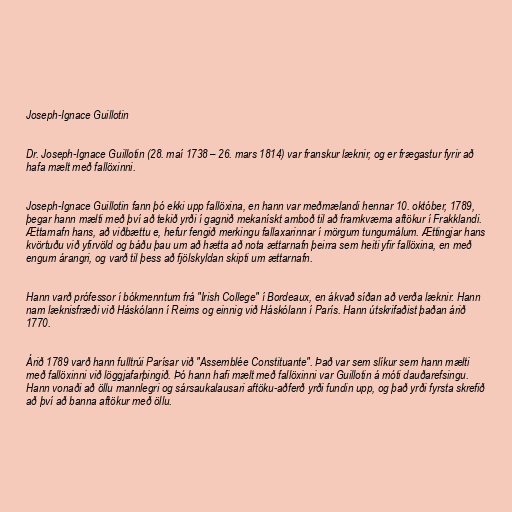
Joseph-Ignace Guillotin

Dr. Joseph-Ignace Guillotin (28. maí 1738 – 26. mars 1814) var franskur læknir, og er frægastur fyrir að
hafa mælt með fallöxinni.

Joseph-Ignace Guillotin fann þó ekki upp fallöxina, en hann var meðmælandi hennar 10. október, 1789,
þegar hann mælti með því að tekið yrði í gagnið mekanískt amboð til að framkvæma aftökur í Frakklandi.
Ættarnafn hans, að viðbættu e, hefur fengið merkingu fallaxarinnar í mörgum tungumálum. Ættingjar hans
kvörtuðu við yfirvöld og báðu þau um að hætta að nota ættarnafn þeirra sem heiti yfir fallöxina, en með
engum árangri, og varð til þess að fjölskyldan skipti um ættarnafn.

Hann varð prófessor í bókmenntum frá "Irish College" í Bordeaux, en ákvað síðan að verða læknir. Hann
nam læknisfræði við Háskólann í Reims og einnig við Háskólann í París. Hann útskrifaðist þaðan árið
1770.

Árið 1789 varð hann fulltrúi Parísar við "Assemblée Constituante". Það var sem slíkur sem hann mælti
með fallöxinni við löggjafarþingið. Þó hann hafi mælt með fallöxinni var Guillotin á móti dauðarefsingu.
Hann vonaði að öllu mannlegri og sársaukalausari aftöku-aðferð yrði fundin upp, og það yrði fyrsta skrefið
að því að banna aftökur með öllu.